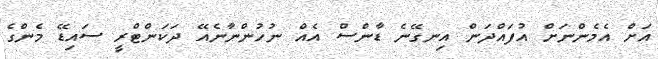
އަށް އެމެންނަށް އުފައްދަން އިނގޭނެ ޑާންސް އެއް ނުހުންނާނެއޭ ދަކަންޓްރީ ސައިޑޭ މެންގެ